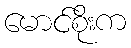
မောင်စိုးက